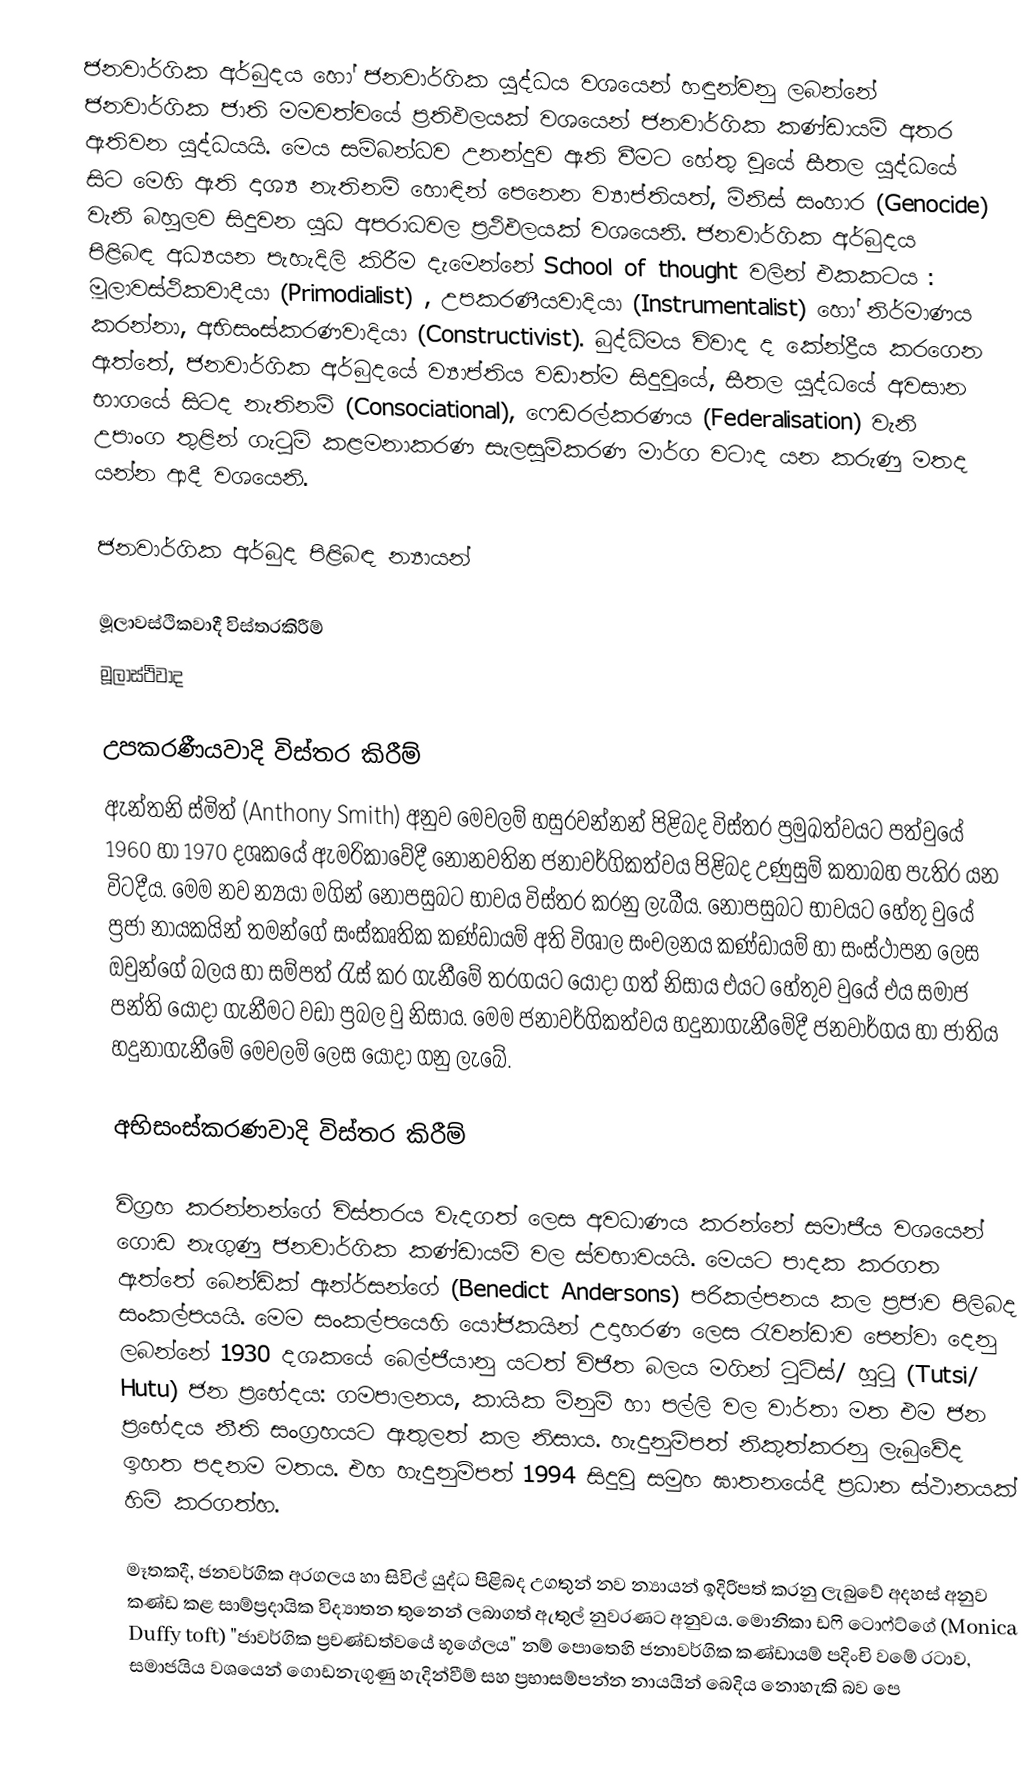
ජනවාර්ගික අර්බුදය හෝ ජනවාර්ගික යුද්ධය වශයෙන් හඳුන්වනු ලබන්නේ ජනවාර්ගික ජාති මමවත්වයේ ප්‍රතිඵලයක් වශයෙන් ජනවාර්ගික කණ්ඩායම් අතර ඇතිවන යුද්ධයයි. මෙය සම්බන්ධව උනන්දුව ඇති වීමට හේතු වූයේ සීතල යුද්ධයේ සිට මෙහි ඇති දෘශ්‍ය නැතිනම් හොඳින් පෙනෙන ව්‍යාප්තියත්, මිනිස් සංහාර (Genocide) වැනි බහුලව සිදුවන යුධ අපරාධවල ප්‍රථිඵලයක් වශයෙනි. ජනවාර්ගික අර්බුදය පිළිබඳ අධ්‍යයන පැහැදිලි කිරීම දැමෙන්නේ School of thought වලින් එකකටය : මූලාවස්ථිකවාදීයා (Primodialist) , උපකරණීයවාදියා (Instrumentalist) හෝ නිර්මාණය කරන්නා, අභිසංස්කරණවාදියා (Constructivist). බුද්ධිමය විවාද ද කේන්ද්‍රීය කරගෙන ඇත්තේ, ජනවාර්ගික අර්බුදයේ ව්‍යාප්තිය වඩාත්ම සිදුවූයේ, සීතල යුද්ධයේ අවසාන භා‍ගයේ සිටද නැතිනම් (Consociational), ෆෙඩරල්කරණය (Federalisation) වැනි උපාංග තුළින් ගැටුම් කළමනාකරණ සැලසුම්කරණ මාර්ග වටාද යන කරුණු මතද යන්න ආදී වශයෙනි.

ජනවාර්ගික අර්බුද පිළිබඳ න්‍යායන්

මූලාවස්ථිකවාදී විස්තරකිරීම්
මූලාස්ථිවාද

උපකරණීයවාදි විස්තර කිරීම්
ඇන්තනි ස්මිත් (Anthony Smith) අනුව මෙවලම් හසුරවන්නන් පිළිබද විස්තර ප්‍රමුඛත්වයට පත්වුයේ 1960 හා 1970 දශකයේ ඇමරිකාවේදී නොනවතින ජනාවර්ගිකත්වය පිළිබද උණුසුම් කතාබහ පැතිර යන විටදීය. මෙම නව න්‍යයා මගින් නොපසුබට භාවය විස්තර කරනු ලැබීය. නොපසුබට භාවයට හේතු වුයේ ප්‍රජා නායකයින් තමන්ගේ සංස්කෘතික කණ්ඩායම් අති විශාල සංචලනය කණ්ඩායම් හා සංස්ථාපන ලෙස ඔවුන්ගේ බලය හා සම්පත් රැස් කර ගැනීමේ තරගයට යොදා ගත් නිසාය එයට හේතුව වුයේ එය සමාජ පන්ති යොදා ගැනීමට වඩා ප්‍රබල වු නිසාය. මෙම ජනාවර්ගිකත්වය හදුනාගැනීමේදී ජනවාර්ගය හා ජාතිය හදුනාගැනීමේ මෙවලම් ලෙස යොදා ගනු ලැබේ.

අභිසංස්කරණවාදි විස්තර කිරීම්

විග්‍රහ කරන්නන්ගේ විස්තරය වැදගත් ලෙස අවධාණය කරන්නේ සමාජීය වශයෙන් ගොඩ නැගුණු ජනවාර්ගික කණ්ඩායම් වල ස්වභාවයයි. මෙයට පාදක කරගත ඇත්තේ බෙන්ඩික් ඇන්ර්සන්ගේ (Benedict Andersons) පරිකල්පනය කල ප්‍රජාව පිලිබද සංකල්පයයි. මෙම සංකල්පයෙහි යෝජකයින් උදාහරණ ලෙස රැවන්ඩාව පෙන්වා දෙනු ලබන්නේ 1930 දශකයේ බෙල්ජියානු යටත් විජිත බලය මගින් ටුට්ස්/ හුටු (Tutsi/ Hutu) ජන ප්‍රභේදය: ගමපාලනය, කායික මිනුම් හා පල්ලි වල වාර්තා මත එම ජන ප්‍රභේදය නීති සංග්‍රහයට ඇතුලත් කල නිසාය. හැදුනුම්පත් නිකුත්කරනු ලැ‍බුවේද ඉහත පදනම මතය. එහ හැදුනුම්පත් 1994 සිදුවු සමුහ ඝාතනයේදී ප්‍රධාන ස්ථානයක් හිමි කරගත්හ.

මෑතකදී, ජනවර්ගික අරගලය හා සිවිල් යුද්ධ පිළිබද උගතුන් නව න්‍යායන් ඉදිරිපත් කරනු ලැබුවේ අදහස් අනුව කණ්ඩ කළ සාම්ප්‍රදායික විද්‍යාතන තුනෙන් ලබාගත් ඇතුල් නුවරණට අනුවය. මොනිකා ඩෆි ටොෆ්ට්ගේ (Monica Duffy toft) "ජාවර්ගික ප්‍රචණ්ඩත්වයේ භූගේලය" නම් පොතෙහි ජනාවර්ගික කණ්ඩායම් පදිංචි වමේ රටාව, සමාජයිය වශයෙන් ගොඩනැගුණු හැදින්වීම් සහ ප්‍රභාසම්පන්න නායයින් බෙදිය නොහැකි බව පෙ